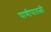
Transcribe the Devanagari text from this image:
पाणीपातळी